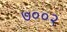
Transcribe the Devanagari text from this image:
७००२